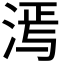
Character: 𬇵